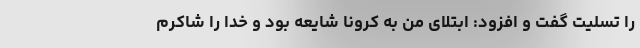
را تسلیت گفت و افزود: ابتلای من به کرونا شایعه بود و خدا را شاکرم